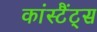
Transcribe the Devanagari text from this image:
कांस्टैंट्स